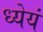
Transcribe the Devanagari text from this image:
ध्येयं